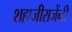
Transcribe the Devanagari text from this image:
शहाजीराजेंनी